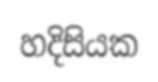
හදිසියක